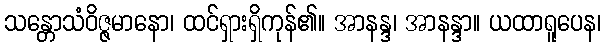
သန္တောသံဝိဇ္ဇမာနော၊ ထင်ရှားရှိကုန်၏။ အာနန္ဒ၊ အာနန္ဒာ။ ယထာရူပေန၊